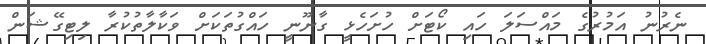
ނެރުނު އަމުރުގެ މައްސަލަ ހައި ކޯޓަށް ހުށަހެޅީ ގާނޫނީ ހައްގުތަކަށް ވަކާލާތުކުރާ ލިޓިގޭޝަން